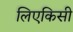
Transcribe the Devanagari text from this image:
लिएकिसी